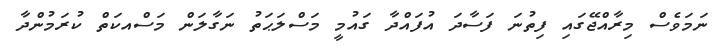
ނަމަވެސް މިރާއްޖޭގައި ފިތުނަ ފަސާދަ އުފައްދާ ގައުމީ މަސްލަޙަތު ނަގާލަން މަސްއކަތް ކުރަމުންދާ